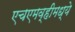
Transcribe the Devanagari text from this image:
एचएमव्हीमध्ये